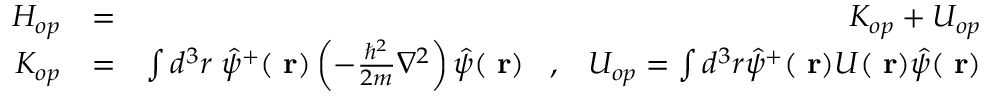
\begin{array} { r l r } { H _ { o p } } & { = } & { K _ { o p } + U _ { o p } } \\ { K _ { o p } } & { = } & { \int d ^ { 3 } r \; \hat { \psi } ^ { + } ( \mathrm { \bf ~ r } ) \left( - \frac { \hbar ^ { 2 } } { 2 m } \nabla ^ { 2 } \right) \hat { \psi } ( \mathrm { \bf ~ r } ) \; \; \; , \; \; \; U _ { o p } = \int d ^ { 3 } r \hat { \psi } ^ { + } ( \mathrm { \bf ~ r } ) U ( \mathrm { \bf ~ r } ) \hat { \psi } ( \mathrm { \bf ~ r } ) } \end{array}